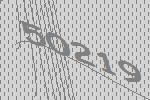
50219